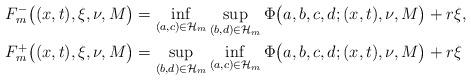
LaTeX: \begin{align*}F_m^-\big((x,t),\xi,\nu,M\big)&= \inf_{(a,c)\in \mathcal H_m}\sup_{(b,d)\in \mathcal H_m} \Phi\big(a,b,c,d;(x,t),\nu,M\big)+r\xi, \\F_m^+\big((x,t),\xi,\nu,M\big)&=\sup_{(b,d)\in \mathcal H_m} \inf_{(a,c)\in \mathcal H_m} \Phi\big(a,b,c,d;(x,t),\nu,M\big)+r\xi\end{align*}